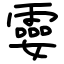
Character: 孁